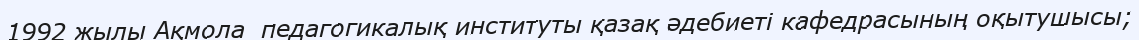
1992 жылы Ақмола  педагогикалық институты қазақ әдебиеті кафедрасының оқытушысы;